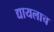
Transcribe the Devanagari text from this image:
द्यायलाच